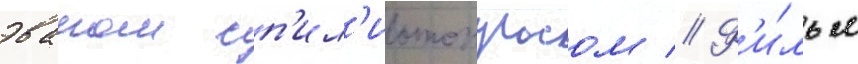
эваном сп'ил'иотопулосом // Ф'и́льм